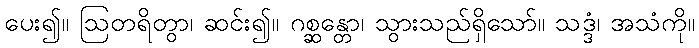
ပေး၍။ ဩတရိတွာ၊ ဆင်း၍။ ဂစ္ဆန္တော၊ သွားသည်ရှိသော်။ သဒ္ဒံ၊ အသံကို။